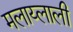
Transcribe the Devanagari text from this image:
मलाय्लाली